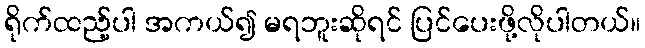
ရိုက်ထည့်ပါ အကယ်၍ မရဘူးဆိုရင် ပြင်ပေးဖို့လိုပါတယ်။